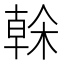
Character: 榦